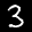
Label: 3